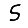
Digit: 5